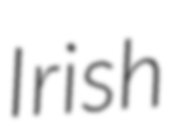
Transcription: Irish